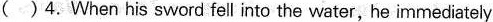
( )4.When his sword fell into the water, he immediately